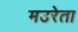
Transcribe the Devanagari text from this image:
मउरेता